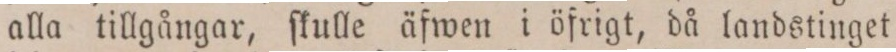
alla tillgångar, ſkulle äfwen i öfrigt, då landstinget